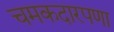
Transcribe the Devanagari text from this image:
चमकदारपणा